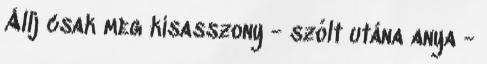
Állj csak meg kisasszony - szólt utána anya -